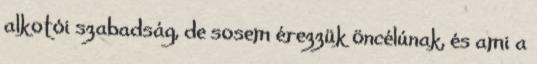
alkotói szabadság, de sosem érezzük öncélúnak, és ami a